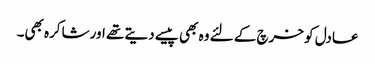
عادل کو خرچ کے لئے وہ بھی پیسے دیتے تھے اور شاکرہ بھی۔